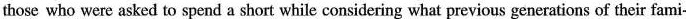
those who were asked to spend a short while considering what previous generations of their fami-